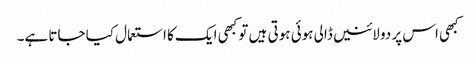
کبھی اس پر دو لائنیں ڈالی ہوئی ہوتی ہیں تو کبھی ایک کا استعمال کیا جاتا ہے۔